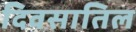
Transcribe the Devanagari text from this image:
दिवसातिल